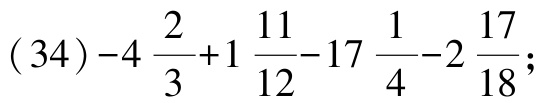
\((34)-4\frac{2}{3}+1\frac{11}{12}-17\frac{1}{4}-2\frac{17}{18};\)